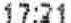
17:21